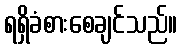
ရရှိခံစားစေချင်သည်။